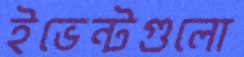
ইভেন্টগুলো